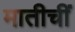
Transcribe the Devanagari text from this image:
मातीचीं